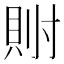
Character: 𫴯